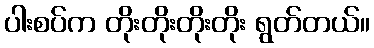
ပါးစပ်က တိုးတိုးတိုးတိုး ရွတ်တယ်။